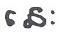
នេះ